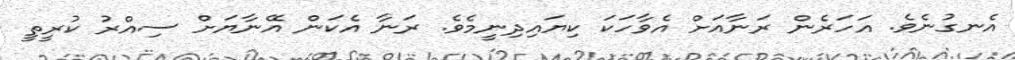
އެނގުނެވެ. އަހަރެން ރަނާއަށް އެވާހަކަ ކިޔައިދިނީމެވެ. ރަނާ އެކަން އޭނާޔަށް ސިއްރު ކުރީތީ